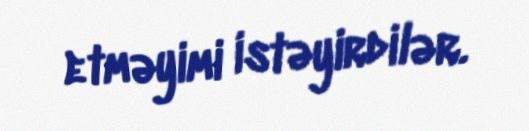
etməyimi istəyirdilər.